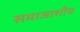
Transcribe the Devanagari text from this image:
समाजाशीच